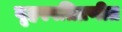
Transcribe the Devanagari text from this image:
बृहस्पतिप्रणीत